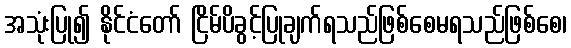
အသုံးပြု၍ နိုင်ငံတော် ငြိမ်ပိခွင့်ပြုချက်ရသည်ဖြစ်စေမရသည်ဖြစ်စေ၊